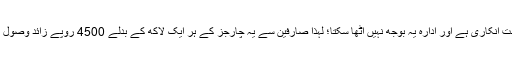
پہلے یہ چارجز حکومت یا ادارہ برداشت کرتے تھے، لیکن اب حکومت انکاری ہے اور ادارہ یہ بوجھ نہیں اٹھا سکتا؛ لہذا صارفین سے یہ چارجز کے ہر ایک لاکھ کے بدلے 4500 روپے زائد وصول کریں گے، دو لاکھ ہوں گے تو 9ہزار روپے زائد وصول کریں گے ۔